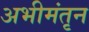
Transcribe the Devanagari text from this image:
अभीमंतृन